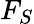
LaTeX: F_{S}